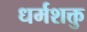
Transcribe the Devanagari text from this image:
धर्मशक्तु